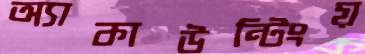
অ্যাকাউন্টিংয়